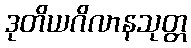
ဒုတိယဂိလာနသုတ္တ